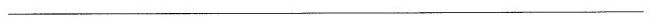
___